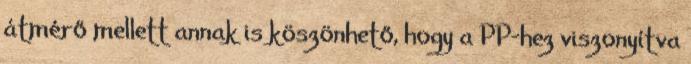
átmérő mellett annak is köszönhető, hogy a PP-hez viszonyítva